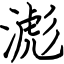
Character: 滮